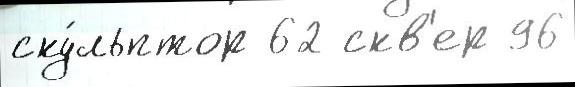
ску́льптор 62 скв'ер 96